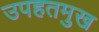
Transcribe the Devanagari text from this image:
उपहतमुख